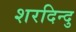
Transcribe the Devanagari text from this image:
शरदिन्दु